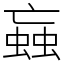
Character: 蝱